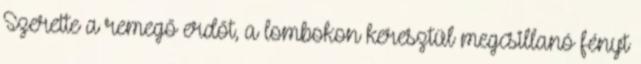
Szerette a remegő erdőt, a lombokon keresztül megcsillanó fényt